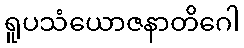
ရူပသံယောဇနာတိဂေါ